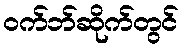
ဝက်ဘ်ဆိုက်တွင်